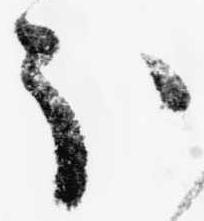
ほ